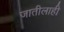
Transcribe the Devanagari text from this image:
जातीलाही